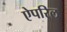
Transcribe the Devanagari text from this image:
ऐपरिल